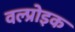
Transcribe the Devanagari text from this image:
वल्प्रोइक